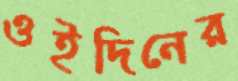
ওইদিনের